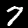
Label: 7